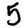
Digit: 5